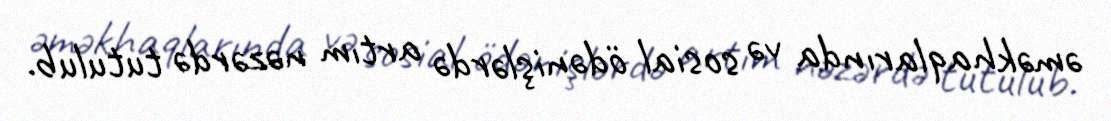
əməkhaqlarında və sosial ödənişlərdə artım nəzərdə tutulub.